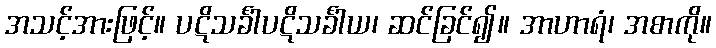
အသင့်အားဖြင့်။ ပဋိသင်္ခါပဋိသင်္ခါယ၊ ဆင်ခြင်၍။ အာဟာရံ၊ အစာကို။